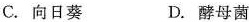
C.向日葵 D.酵母菌